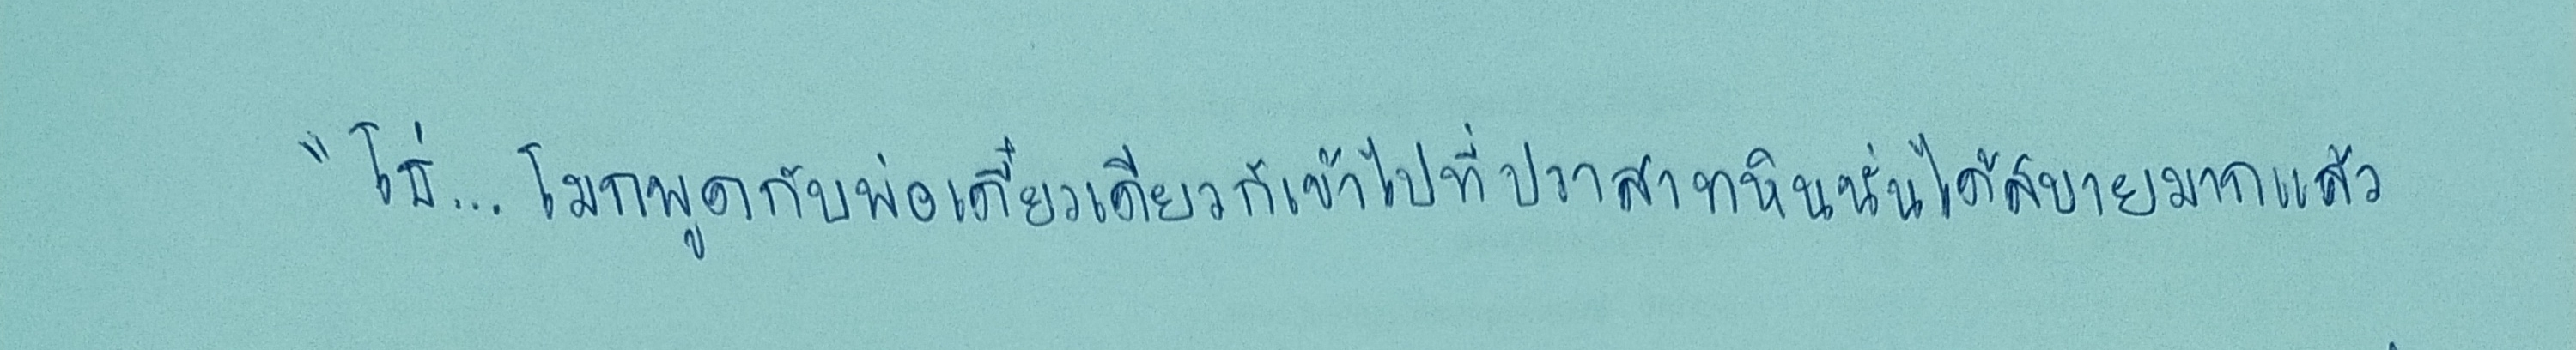
"โธ่...โมกพูดกับพ่อเดี๋ยวเดียวก็เข้าไปที่ปราสาทหินนั่นได้สบายมากแล้ว